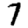
Digit: 7